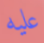
عليه